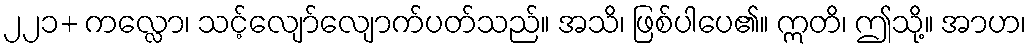
၂၂၁+ ကလ္လော၊ သင့်လျော်လျောက်ပတ်သည်။ အသိ၊ ဖြစ်ပါပေ၏။ ဣတိ၊ ဤသို့။ အာဟ၊